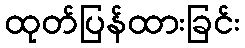
ထုတ်ပြန်ထားခြင်း